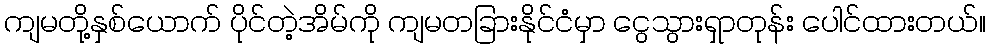
ကျမတို့နှစ်ယောက် ပိုင်တဲ့အိမ်ကို ကျမတခြားနိုင်ငံမှာ ငွေသွားရှာတုန်း ပေါင်ထားတယ်။